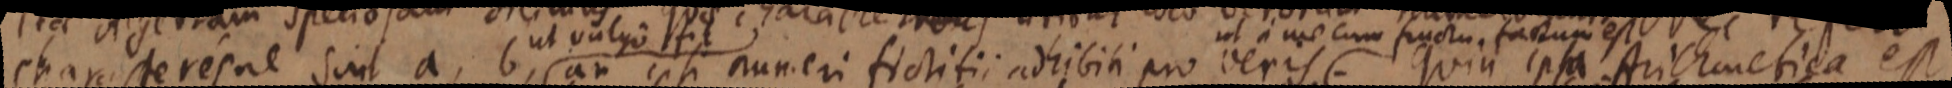
characteres sint a, b, an ipsi numeri fictitii adhibiti pro veris. Quia ipsa Arithmetica est